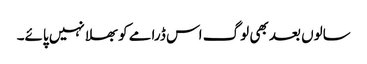
سالوں بعد بھی لوگ اس ڈرامے کو بھلا نہیں پائے۔